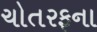
ચોતરફના